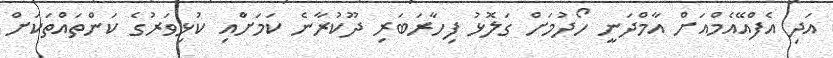
އަދި އެފްއޭއެމްއަށް އާމްދަނީ ހޯދުމަށް ގަލޮޅު ފިހާރަބަރި ދޫކުރާނެ ކަމަށްާއި ކުޅިވަރުގެ ކަންތައްތަކަށް